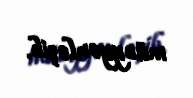
müəyyənləşib.